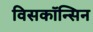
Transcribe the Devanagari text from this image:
विसकॉन्सिन